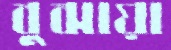
বুঝায়া